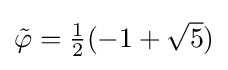
\textstyle {\tilde {\varphi }}={1 \over 2}(-1+{\sqrt {5}})